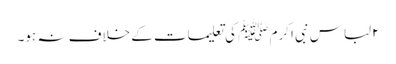
۲لباس نبی اکرم ﷺ کی تعلیمات کے خلاف نہ ہو۔